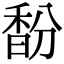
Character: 馚